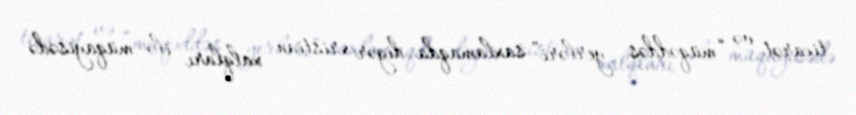
ticarət və “müqəddəs yerləri” saxlamaqda digər xristian xalqları ilə müqayisədə